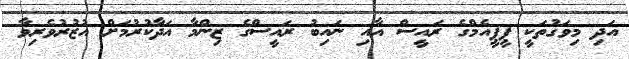
އަދި މިވަގުތަކީ ޕީޕީއެމްގެ ރައީސް އާއި ނައިބު ރައީސްގެ ޒިންމާ އަދާކުރުމަށް އުޒުރުވެރިވާ